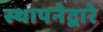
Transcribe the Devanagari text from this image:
स्थापनेद्वारे